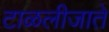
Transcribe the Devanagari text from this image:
टाळलीजाते